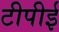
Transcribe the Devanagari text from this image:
टीपीई